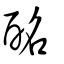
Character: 酩